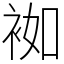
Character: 袽